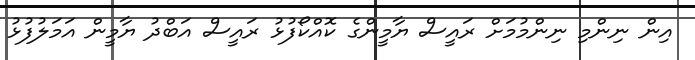
އިން ނިންމި ނިންމުމަށް ރައީސް ޔާމީންގެ ކޮއްކޯފުޅު ރައީސް އަބްދު ޔާމީން އަމަލުފުޅު